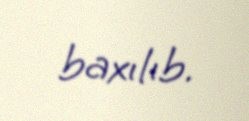
baxılıb.